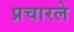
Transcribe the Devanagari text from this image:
प्रचारले